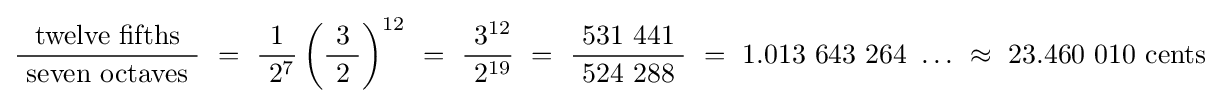
{\frac {\ {\hbox{twelve fifths}}\ }{\ {\hbox{seven octaves}}\ }}~=~{\frac {1}{\ 2^{7}}}\left({\frac {3}{\ 2\ }}\right)^{12}~=~{\frac {\ 3^{12}}{\ 2^{19}}}~=~{\frac {\ 531\ 441\ }{\ 524\ 288\ }}~=~1.013\ 643\ 264\ \ldots ~\approx ~23.460\ 010{\hbox{ cents}}~